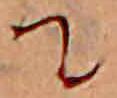
て